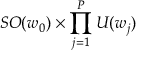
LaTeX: S O ( w _ { 0 } ) \times \prod _ { j = 1 } ^ { P } U ( w _ { j } )